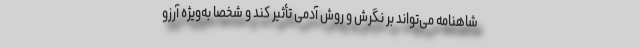
شاهنامه می‌تواند بر نگرش و روش آدمی تأثیر کند و شخصاً به‌ویژه آرزو